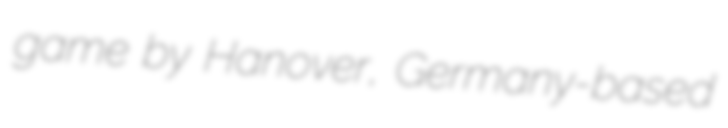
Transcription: game by Hanover, Germany-based